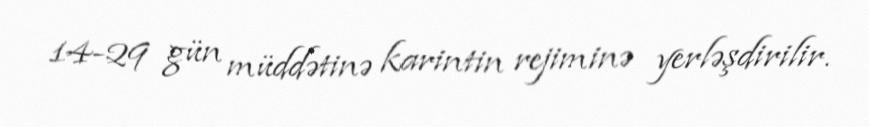
14-29 gün müddətinə karintin rejiminə yerləşdirilir.